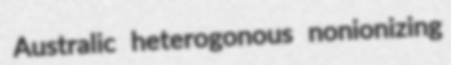
Australic heterogonous nonionizing